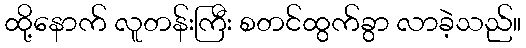
ထို့နောက် လူတန်းကြီး စတင်ထွက်ခွာ လာခဲ့သည်။